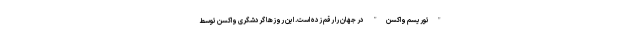
"توریسم واکسن" در جهان را رقم زده است. این روزها گردشگری واکسن توسط